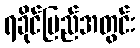
ရခိုင်ပြည်အတွင်း